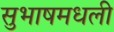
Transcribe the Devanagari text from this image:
सुभाषमधली